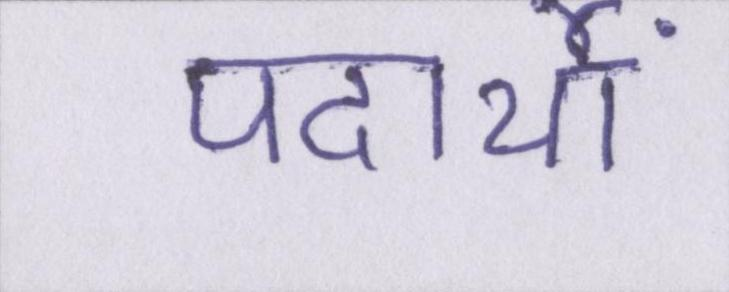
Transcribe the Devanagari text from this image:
पदार्थों